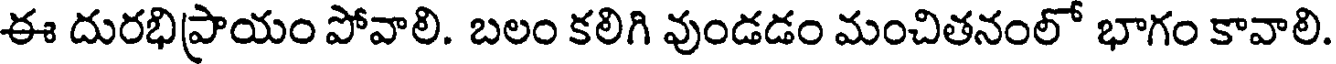
ఈ దురభిప్రాయం పోవాలి. బలం కలిగి వుండడం మంచితనంలో భాగం కావాలి.